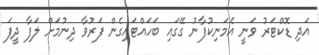
އަދި ޑޮކްޓަރު ވަނީ އެމަނިކުފާނު ގޭގައި ބަހައްޓައިގެން ފަރުވާ ދިނުމަށް ލަފާ ދީފަ